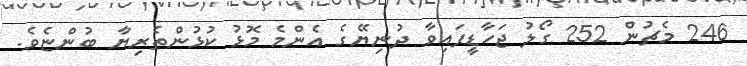
246 މެޗުން 252 ގޯލު ޖަހާޑީފައިވާ ދުނިޔޭގެ އެންމެ މޮޅު ކުޅުންތެރިޔާ ބުންޏެވެ.